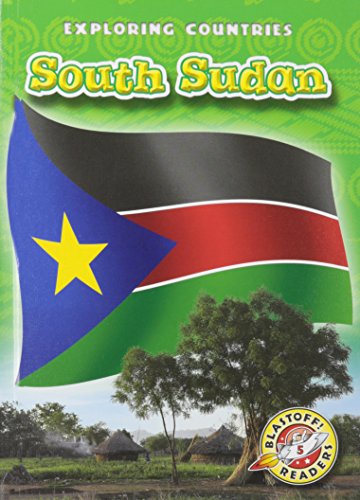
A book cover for South Sudan (Blastoff Readers. Level 5); Lisa Owings; Travel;